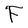
Character: F